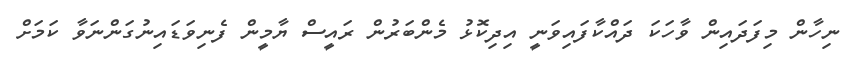
ނިހާން މިފަދައިން ވާހަކަ ދައްކާފައިވަނީ އިދިކޮޅު މެންބަރުން ރައީސް ޔާމީން ފެނިވަޑައިނުގަންނަވާ ކަމަށް